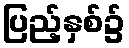
ပြည့်နှစ်၌